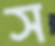
স